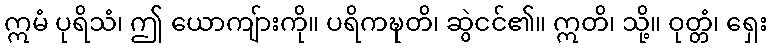
ဣမံ ပုရိသံ၊ ဤ ယောကျ်ားကို။ ပရိကဍ္ဎတိ၊ ဆွဲငင်၏။ ဣတိ၊ သို့။ ဝုတ္တံ၊ ရှေး